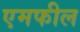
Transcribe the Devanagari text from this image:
एमफील